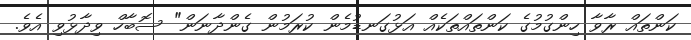
ކަންތައް ރާވާ ހިންގުމުގެ ކަންތައްތަކެއް އަޅުގަނޑުމެން ކުރަމުން ގެންދާނަން" ސޮބާހް ވިދާޅުވި އެވެ.